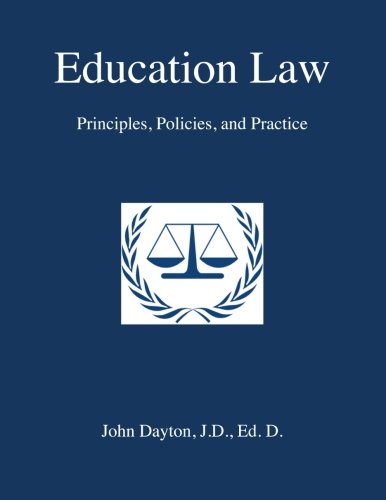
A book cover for Education Law: Principles, Policies & Practice; Dr. John Dayton; Law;